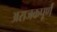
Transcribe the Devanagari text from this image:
अराजकपूर्ण